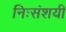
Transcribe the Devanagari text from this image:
निःसंशयी